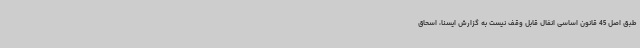
طبق اصل 45 قانون اساسی انفال قابل وقف نیست به گزارش ایسنا، اسحاق